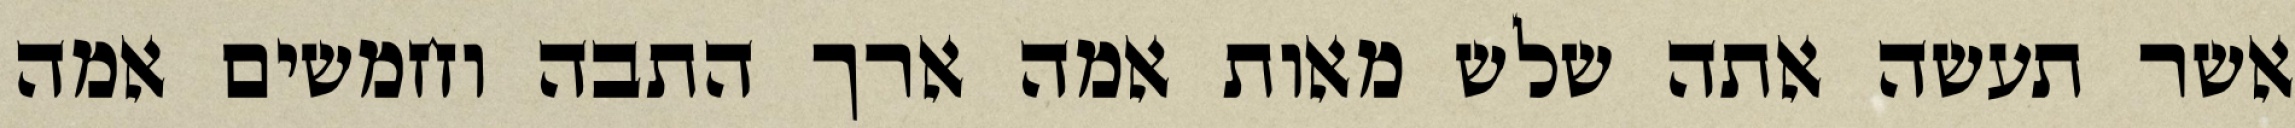
אשר תעשה אתה שלש מאות אמה ארך התבה וחמשים אמה